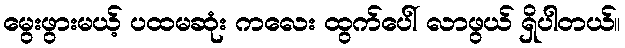
မွေးဖွားမယ့် ပထမဆုံး ကလေး ထွက်ပေါ် လာဖွယ် ရှိပါတယ်။